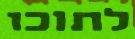
לתוכו